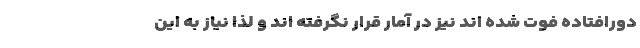
دورافتاده فوت شده اند نیز در آمار قرار نگرفته اند و لذا نیاز به این